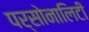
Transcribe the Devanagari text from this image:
पर्सोनालिटी